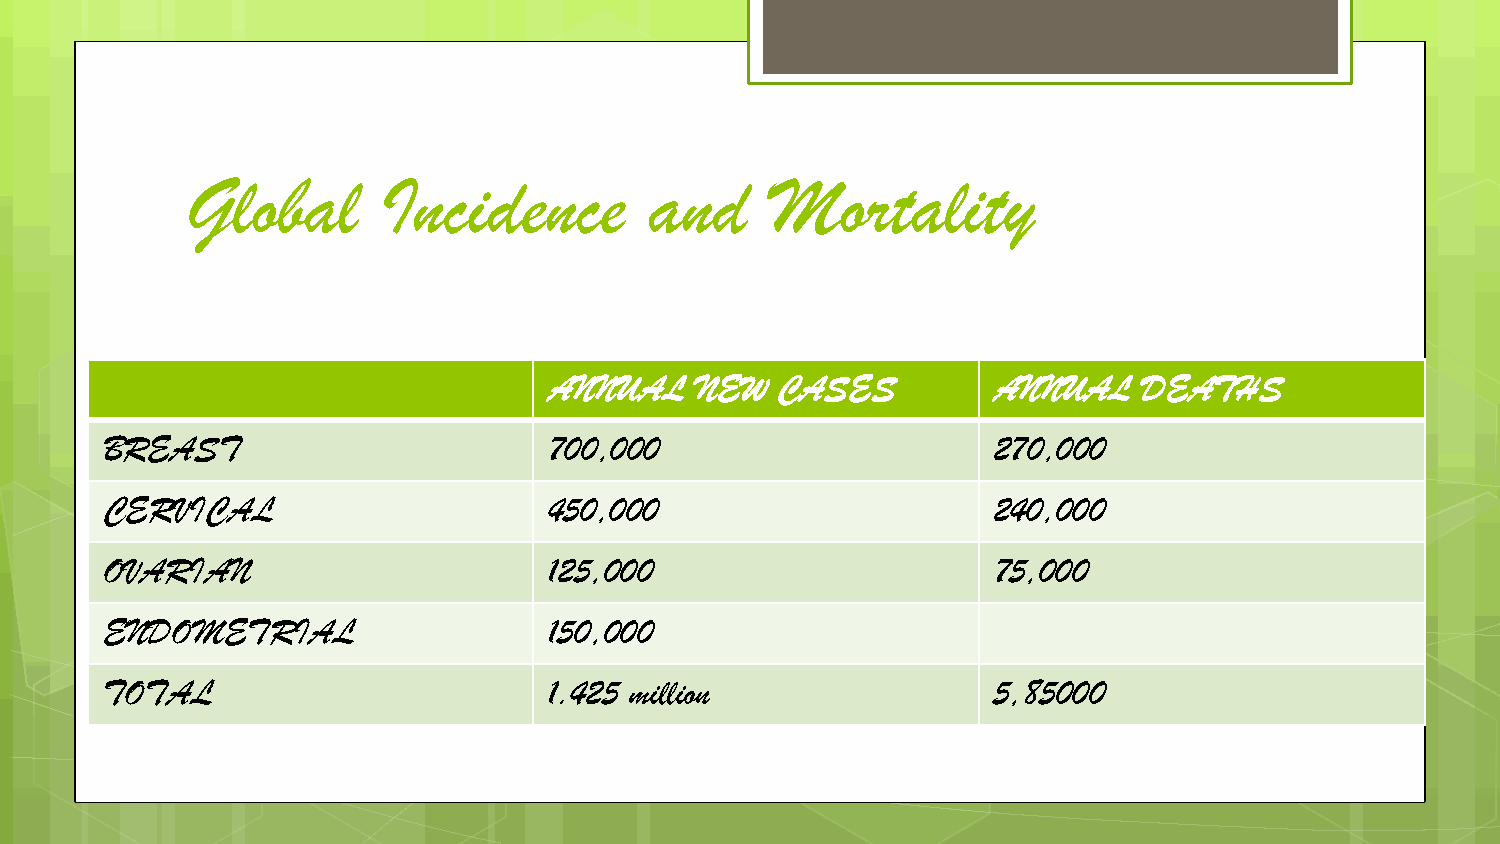
Global       Incidence         and     Mortality
 ANNUAL    NEW  CASES          ANNUAL    DEATHS
 BREAST                       700,000                       270,000
 CERVICAL                     450,000                       240,000
 OVARIAN                      125,000                       75,000
 ENDOMETRIAL                  150,000
 TOTAL                        1.425 million                 5,85000